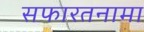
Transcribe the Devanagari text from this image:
सफारतनामा